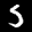
Label: 5